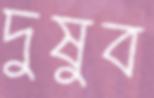
দুষুব